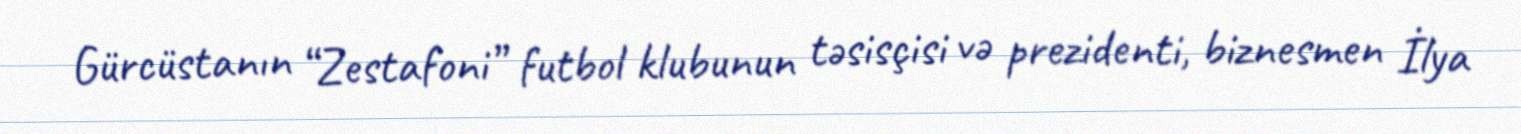
Gürcüstanın “Zestafoni” futbol klubunun təsisçisi və prezidenti, biznesmen İlya